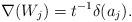
LaTeX: \begin{align*} \nabla(W_j) = t^{-1} \delta(a_j). \end{align*}